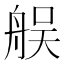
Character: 𦨳